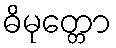
ဓိမုတ္တော